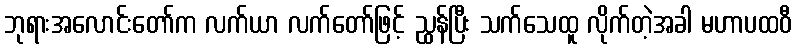
ဘုရားအလောင်းတော်က လက်ယာ လက်တော်ဖြင့် ညွှန်ပြီး သက်သေထူ လိုက်တဲ့အခါ မဟာပထဝီ